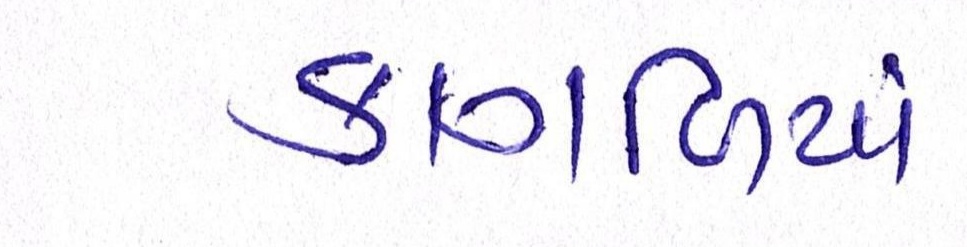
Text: કાગળિયાં